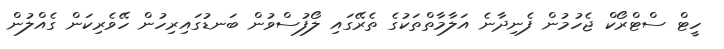
ހީޓް ސްޓްރޯކް ޖެހުމުން ފެނިދާނެ އަލާމާތްތަކުގެ ތެރޭގައި ލޯފުސްވުން ބަނޑުގައިރިހުން ހޭވެރިކަން ގެއްލުން